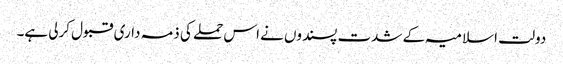
دولت اسلامیہ کے شدت پسندوں نے اس حملے کی ذمہ داری قبول کرلی ہے۔